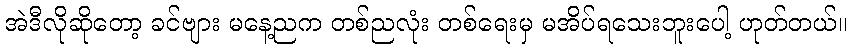
အဲဒီလိုဆိုတော့ ခင်ဗျား မနေ့ညက တစ်ညလုံး တစ်ရေးမှ မအိပ်ရသေးဘူးပေါ့ ဟုတ်တယ်။